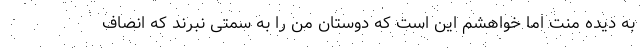
به دیده منت اما خواهشم این است که دوستان من را به سمتی نبرند که انصاف